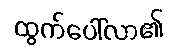
ထွက်ပေါ်လာ၏